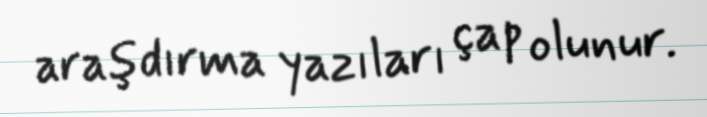
araşdırma yazıları çap olunur.